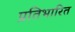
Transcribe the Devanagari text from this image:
प्रतिभारित